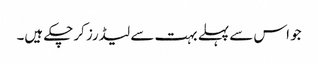
جو اس سے پہلے بہت سے لیڈرز کرچکے ہیں۔